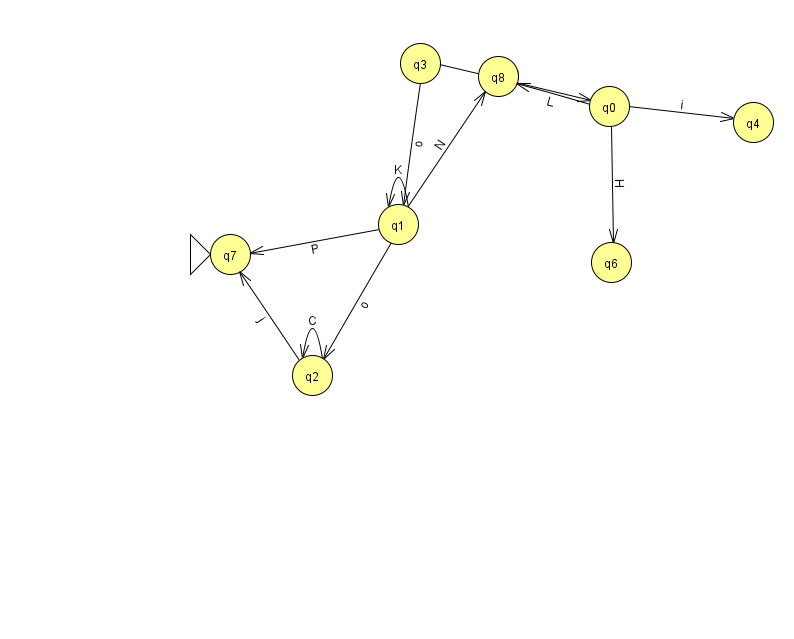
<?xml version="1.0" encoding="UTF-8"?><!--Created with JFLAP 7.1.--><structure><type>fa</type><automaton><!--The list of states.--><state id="0" name="q0"><x>609.0</x><y>93.0</y></state><state id="1" name="q1"><x>398.0</x><y>211.0</y></state><state id="2" name="q2"><x>312.0</x><y>362.0</y></state><state id="3" name="q3"><x>420.0</x><y>50.0</y></state><state id="4" name="q4"><x>753.0</x><y>109.0</y></state><state id="6" name="q6"><x>611.0</x><y>249.0</y></state><state id="7" name="q7"><x>230.0</x><y>241.0</y><initial/></state><state id="8" name="q8"><x>498.0</x><y>63.0</y></state><!--The list of transitions.--><transition><from>2</from><to>7</to><read>j</read></transition><transition><from>2</from><to>2</to><read>C</read></transition><transition><from>0</from><to>4</to><read>i</read></transition><transition><from>1</from><to>8</to><read>N</read></transition><transition><from>0</from><to>6</to><read>H</read></transition><transition><from>3</from><to>0</to><read>A</read></transition><transition><from>1</from><to>2</to><read>o</read></transition><transition><from>1</from><to>1</to><read>K</read></transition><transition><from>3</from><to>1</to><read>o</read></transition><transition><from>1</from><to>7</to><read>P</read></transition><transition><from>0</from><to>8</to><read>L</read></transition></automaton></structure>